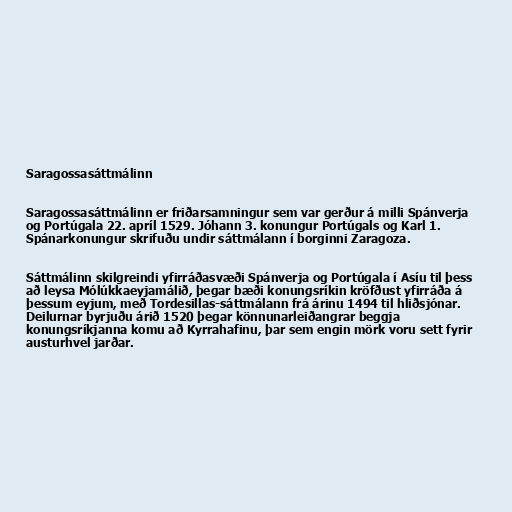
Saragossasáttmálinn

Saragossasáttmálinn er friðarsamningur sem var gerður á milli Spánverja
og Portúgala 22. apríl 1529. Jóhann 3. konungur Portúgals og Karl 1.
Spánarkonungur skrifuðu undir sáttmálann í borginni Zaragoza.

Sáttmálinn skilgreindi yfirráðasvæði Spánverja og Portúgala í Asíu til þess
að leysa Mólúkkaeyjamálið, þegar bæði konungsríkin kröfðust yfirráða á
þessum eyjum, með Tordesillas-sáttmálann frá árinu 1494 til hliðsjónar.
Deilurnar byrjuðu árið 1520 þegar könnunarleiðangrar beggja
konungsríkjanna komu að Kyrrahafinu, þar sem engin mörk voru sett fyrir
austurhvel jarðar.